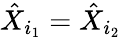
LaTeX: \hat{X}_{i_{1}}=\hat{X}_{i_{2}}